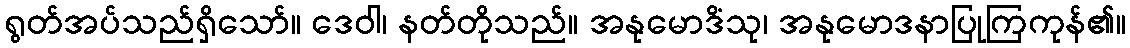
ရွတ်အပ်သည်ရှိသော်။ ဒေဝါ၊ နတ်တိုသည်။ အနုမောဒိံသု၊ အနုမောဒနာပြုကြကုန်၏။